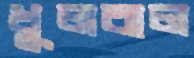
ধুলবাল